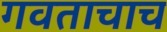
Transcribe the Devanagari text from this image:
गवताचाच